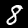
Label: 8